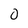
Character: 0